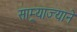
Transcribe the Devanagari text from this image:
साम्र्याज्याने